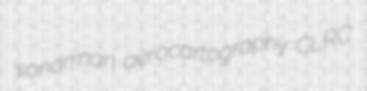
sonarman aerocartography CLRC